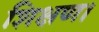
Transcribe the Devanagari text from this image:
शिक्षण।